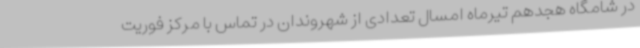
در شامگاه هجدهم تیرماه امسال تعدادی از شهروندان در تماس با مرکز فوریت